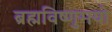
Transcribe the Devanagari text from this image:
ब्रह्मविष्णुमयो